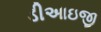
ડીઆઇજી